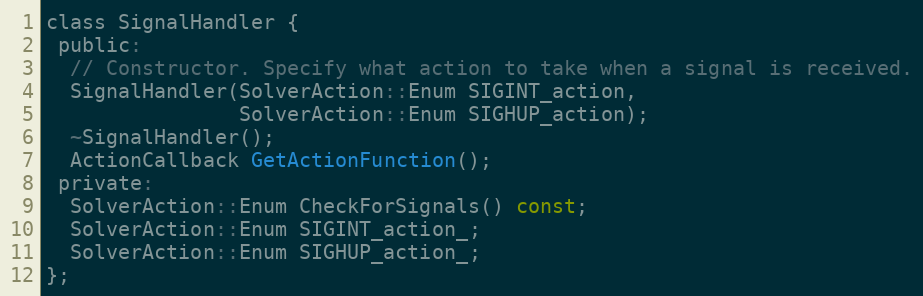
Language: C
class SignalHandler {
 public:
  // Constructor. Specify what action to take when a signal is received.
  SignalHandler(SolverAction::Enum SIGINT_action,
                SolverAction::Enum SIGHUP_action);
  ~SignalHandler();
  ActionCallback GetActionFunction();
 private:
  SolverAction::Enum CheckForSignals() const;
  SolverAction::Enum SIGINT_action_;
  SolverAction::Enum SIGHUP_action_;
};